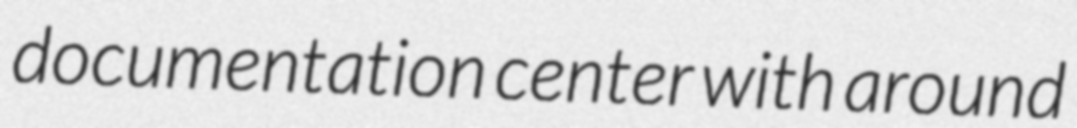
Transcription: documentation center with around